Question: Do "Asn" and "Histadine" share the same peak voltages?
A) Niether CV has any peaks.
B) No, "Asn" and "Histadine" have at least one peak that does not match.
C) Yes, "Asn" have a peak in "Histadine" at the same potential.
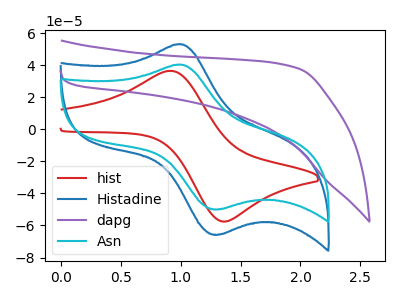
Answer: <think>The red curve "hist" has an anodic peak at (0.90V, 36.40uA) and a cathodic peak at (1.35V, -57.55uA). The blue curve "Histadine" has an anodic peak at (1.00V, 52.95uA) and a cathodic peak at (1.30V, -65.70uA). The purple curve "dapg" has no peaks. The cyan curve "Asn" has an anodic peak at (1.00V, 40.25uA) and a cathodic peak at (1.30V, -49.90uA).</think>
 <answer>C) Yes, "Asn" have a peak in "Histadine" at the same potential.</answer>
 <eval>C</eval>